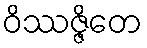
ဝိဿဇ္ဇိတေ